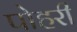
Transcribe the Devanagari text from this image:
पोहरी